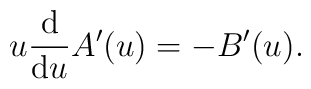
u\frac{{\rm d}}{{\rm d}u}A^{\prime}(u)= -B^{\prime}(u).